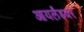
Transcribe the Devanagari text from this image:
आयर्लंडवर